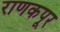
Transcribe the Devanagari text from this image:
राणकपूर